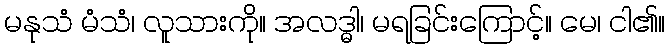
မနုသံ မံသံ၊ လူသားကို။ အလဒ္ဓါ၊ မရခြင်းကြောင့်။ မေ၊ ငါ၏။